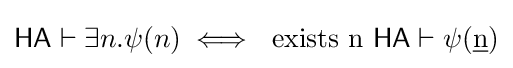
{\mathsf {HA}}\vdash \exists n.\psi (n)\iff {\text{ exists }}{\mathrm {n} }{\text{ }}{\mathsf {HA}}\vdash \psi ({\underline {\mathrm {n} }})